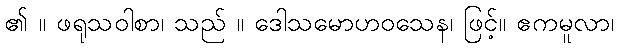
၏ ။ ဖရုသဝါစာ၊ သည် ။ ဒေါသမောဟဝသေန၊ ဖြင့်။ ဧကမူလာ၊